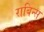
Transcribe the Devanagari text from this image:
राबिन्स